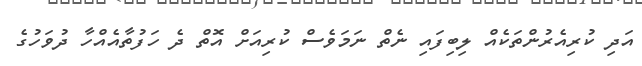
އަދި ކުރިއެރުންތަކެއް ލިބިފައި ނެތް ނަމަވެސް ކުރިއަށް އޮތް ދެ ހަފުތާއެއްހާ ދުވަހުގެ